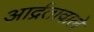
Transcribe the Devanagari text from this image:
आर्द्रतावाले